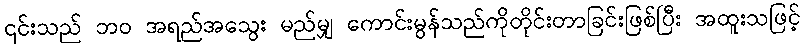
၎င်းသည် ဘဝ အရည်အသွေး မည်မျှ ကောင်းမွန်သည်ကိုတိုင်းတာခြင်းဖြစ်ပြီး အထူးသဖြင့်